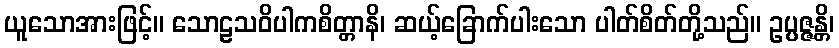
ယူသောအားဖြင့်။ သောဠသဝိပါကစိတ္တာနိ၊ ဆယ့်ခြောက်ပါးသော ပါတ်စိတ်တို့သည်။ ဥပ္ပဇ္ဇန္တိ၊